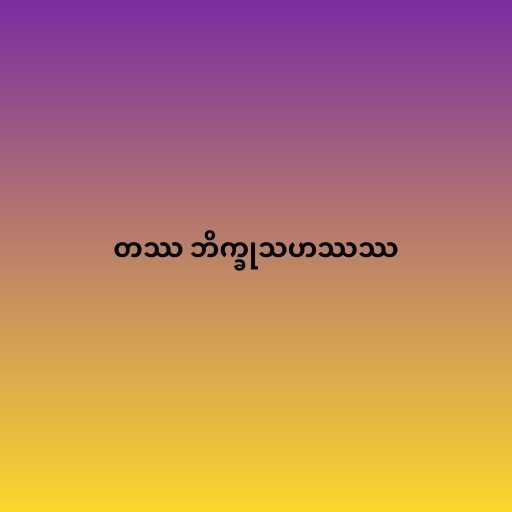
တဿ ဘိက္ခုသဟဿဿ